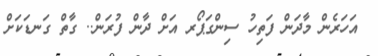
އަހަރެން މާދަން ފަތިހު ސިންގަޕޯރ އަށް ދާން ފުރަން.. ގާތް ގަނޑަކަށް